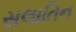
સલાતિન